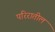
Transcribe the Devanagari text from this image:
परिरातील